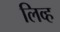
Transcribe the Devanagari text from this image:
लिव्ह